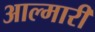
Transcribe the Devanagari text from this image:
आल्मारी